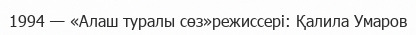
1994 — «Алаш туралы сөз»режиссері: Қалила Умаров